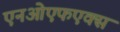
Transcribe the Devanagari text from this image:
एनओएफएक्स